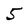
Character: 5